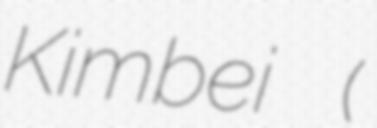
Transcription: Kimbei (日下部